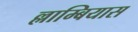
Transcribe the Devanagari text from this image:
ल्लाम्बियास